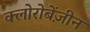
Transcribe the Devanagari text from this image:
क्लोरोबेंज़ीन